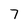
Character: 7